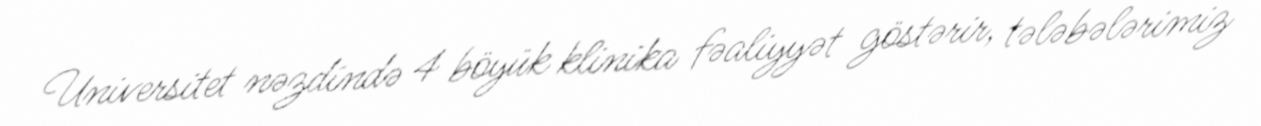
Universitet nəzdində 4 böyük klinika fəaliyyət göstərir, tələbələrimiz